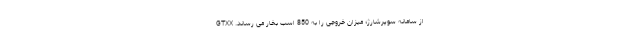
از سامانه سوپرشارژ؛ میزان خروجی را به 850 اسب بخار می رساند. GTXX